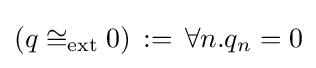
(q\cong _{\mathrm {ext} }0)\,:=\,\forall n.q_{n}=0